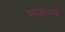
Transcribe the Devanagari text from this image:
आजाऽरी